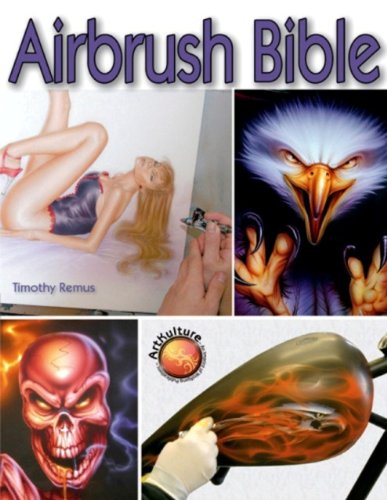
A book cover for Airbrush Bible; Tim Remus; Arts & Photography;